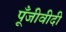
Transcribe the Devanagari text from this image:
पूँजीवीदी